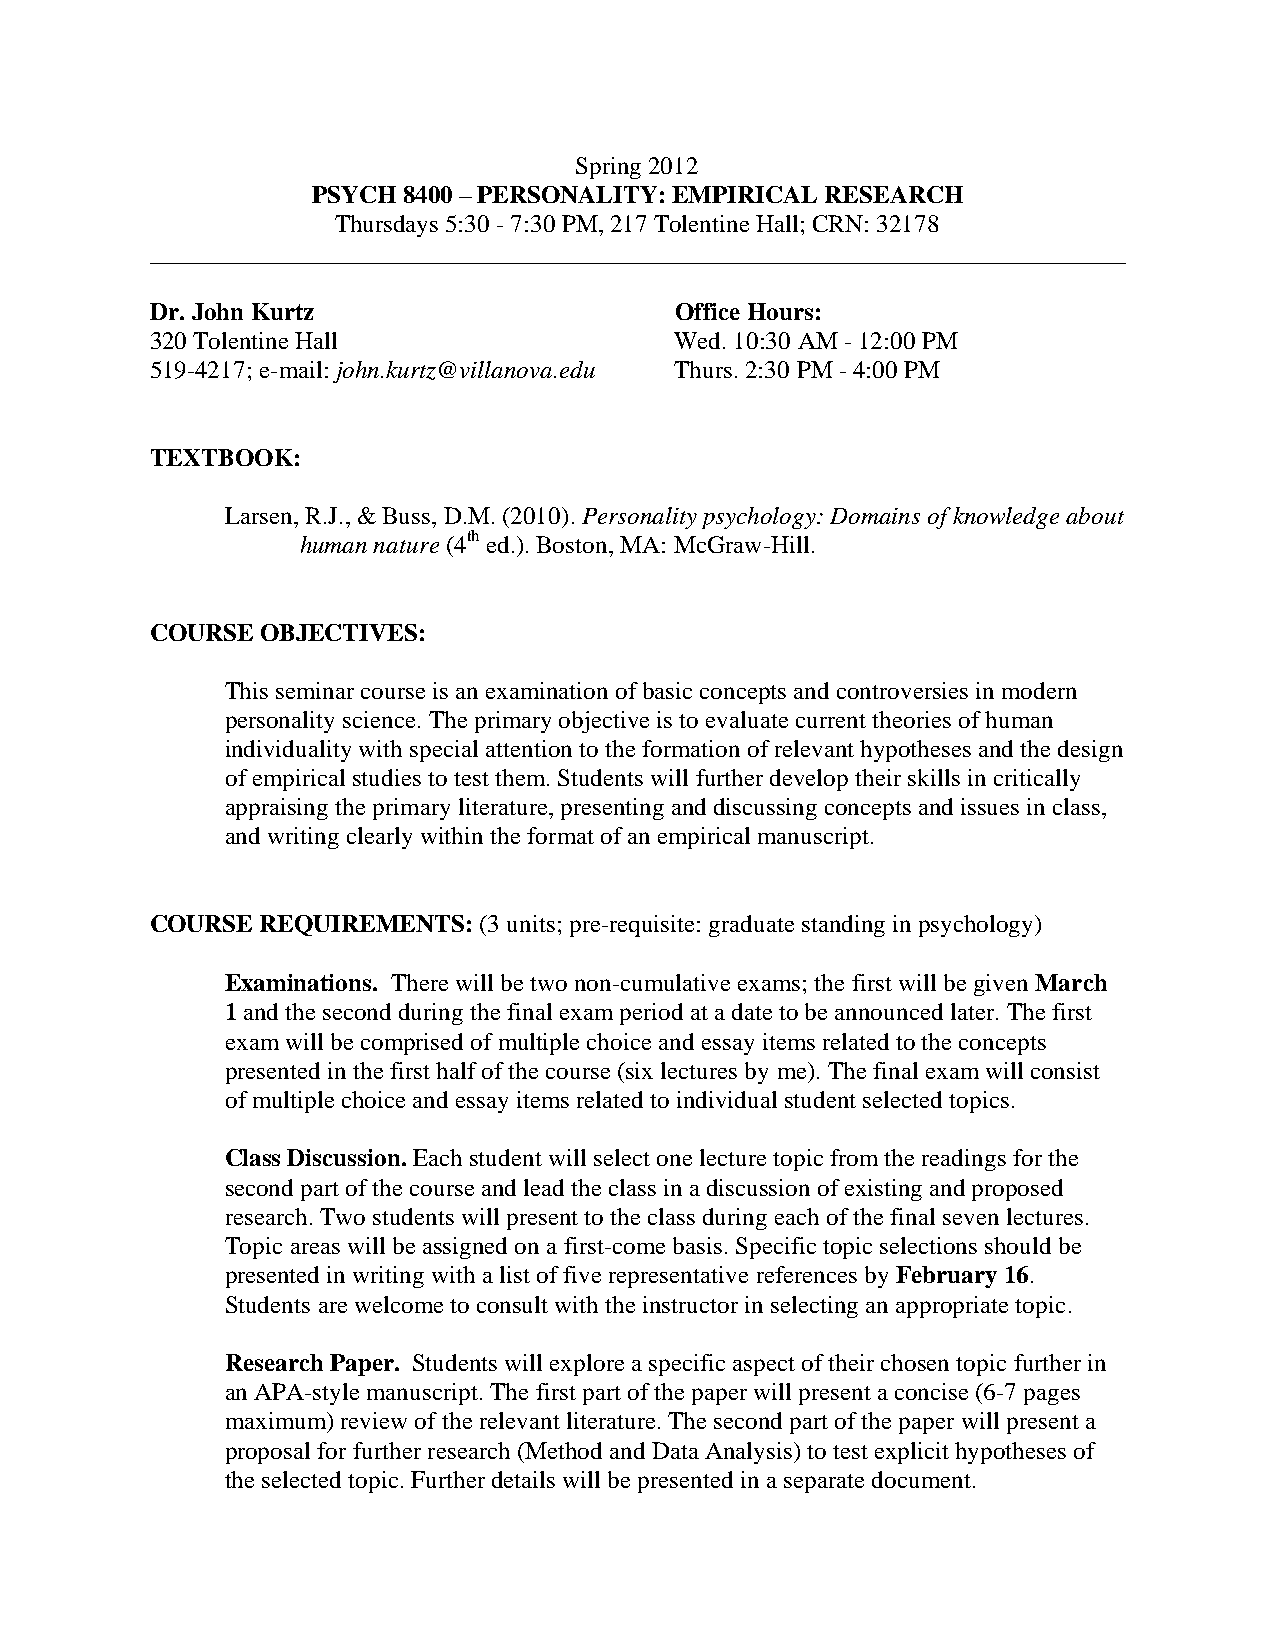
Spring 2012
 PSYCH 8400 – PERSONALITY: EMPIRICAL RESEARCH
 Thursdays 5:30 - 7:30 PM, 217 Tolentine Hall; CRN: 32178
 ______________________________________________________________________________
 Dr. John Kurtz                     Office Hours:
 320 Tolentine Hall                 Wed. 10:30 AM - 12:00 PM
 519-4217; e-mail: john.kurtz@villanova.edu Thurs. 2:30 PM - 4:00 PM
 TEXTBOOK:
 Larsen, R.J., & Buss, D.M. (2010). Personality psychology: Domains of knowledge about
 human nature (4th ed.). Boston, MA: McGraw-Hill.
 COURSE OBJECTIVES:
 This seminar course is an examination of basic concepts and controversies in modern
 personality science. The primary objective is to evaluate current theories of human
 individuality with special attention to the formation of relevant hypotheses and the design
 of empirical studies to test them. Students will further develop their skills in critically
 appraising the primary literature, presenting and discussing concepts and issues in class,
 and writing clearly within the format of an empirical manuscript.
 COURSE REQUIREMENTS:  (3 units; pre-requisite: graduate standing in psychology)
 Examinations. There will be two non-cumulative exams; the first will be given March
 1 and the second during the final exam period at a date to be announced later. The first
 exam will be comprised of multiple choice and essay items related to the concepts
 presented in the first half of the course (six lectures by me). The final exam will consist
 of multiple choice and essay items related to individual student selected topics.
 Class Discussion. Each student will select one lecture topic from the readings for the
 second part of the course and lead the class in a discussion of existing and proposed
 research. Two students will present to the class during each of the final seven lectures.
 Topic areas will be assigned on a first-come basis. Specific topic selections should be
 presented in writing with a list of five representative references by February 16.
 Students are welcome to consult with the instructor in selecting an appropriate topic.
 Research Paper. Students will explore a specific aspect of their chosen topic further in
 an APA-style manuscript. The first part of the paper will present a concise (6-7 pages
 maximum) review of the relevant literature. The second part of the paper will present a
 proposal for further research (Method and Data Analysis) to test explicit hypotheses of
 the selected topic. Further details will be presented in a separate document.